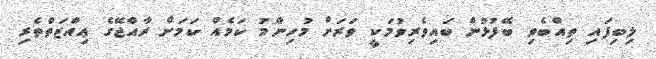
ލިބިފައި ތިއްބެވި ބޭފުޅުން ބައިވެރިވުމަކީ ވަރަށް މުހިންމު ކަމެއް ކަމަށް ރާއްޖޭގެ ޢިއްޒަތްތެރި